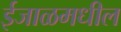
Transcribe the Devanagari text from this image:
ईजाळमधील